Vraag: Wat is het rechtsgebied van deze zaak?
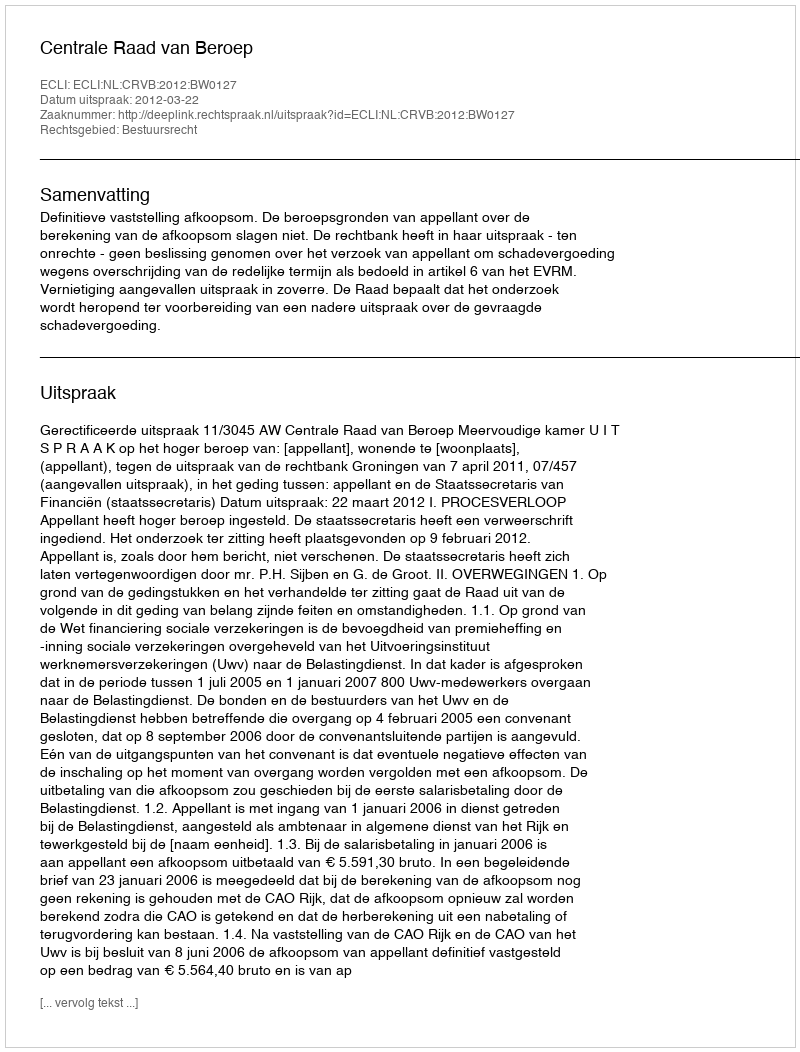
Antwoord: Bestuursrecht